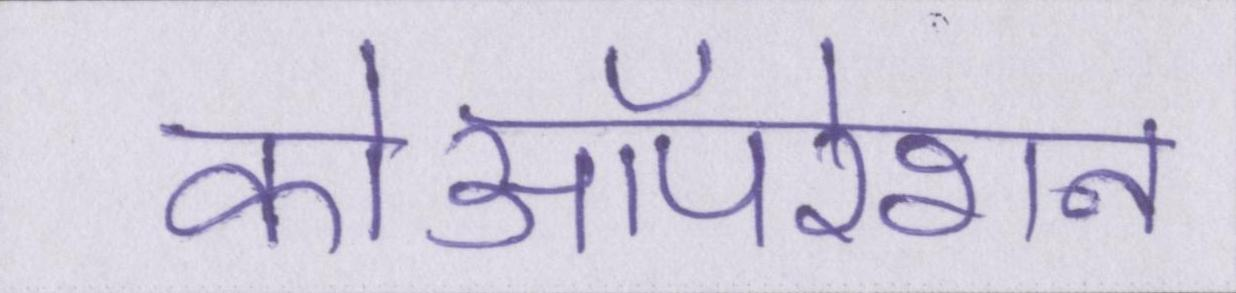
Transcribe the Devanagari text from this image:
कोऑपरेशन